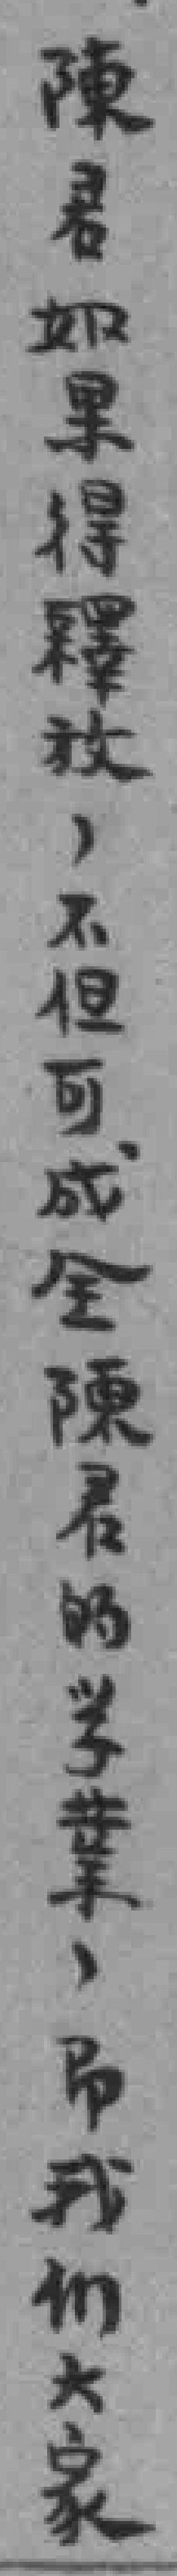
陳君如果得釋放，不但可成全陳君的学業，即我们大家